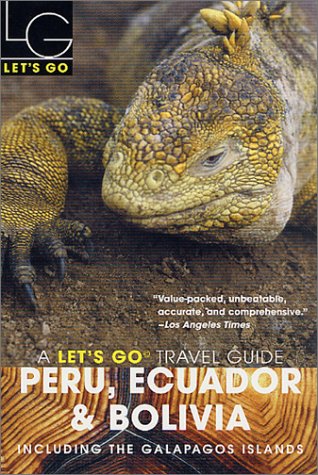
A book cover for Let's Go 2003: Peru, Ecuador & Bolivia; Let's Go Inc.; Travel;